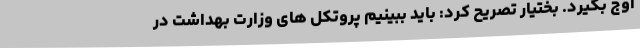
اوج بگیرد. بختیار تصریح کرد: باید ببینیم پروتکل های وزارت بهداشت در